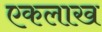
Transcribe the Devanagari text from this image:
एकलाख